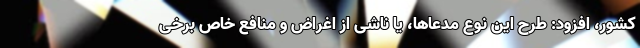
کشور، افزود: طرح این نوع مدعاها، یا ناشی از اغراض و منافع خاص برخی